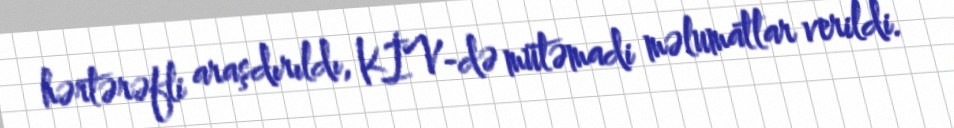
hərtərəfli araşdırıldı, KİV-də mütəmadi məlumatlar verildi.